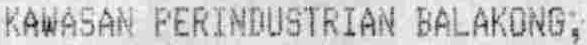
KAWASAN PERINDUSTRIAN BALAKONG,